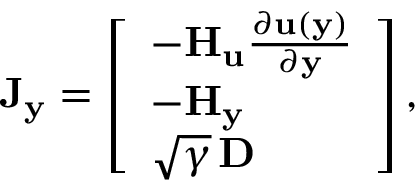
\mathbf { J } _ { \mathbf { y } } = \left[ \begin{array} { l } { - \mathbf { H } _ { \mathbf { u } } \frac { \partial \mathbf { u } ( \mathbf { y } ) } { \partial \mathbf { y } } } \\ { - \mathbf { H } _ { \mathbf { y } } } \\ { \sqrt { \gamma } \, \mathbf { D } } \end{array} \right] ,